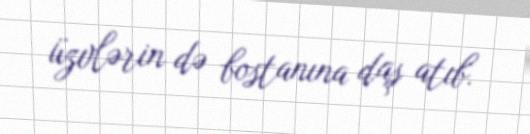
üzvlərin də bostanına daş atıb.